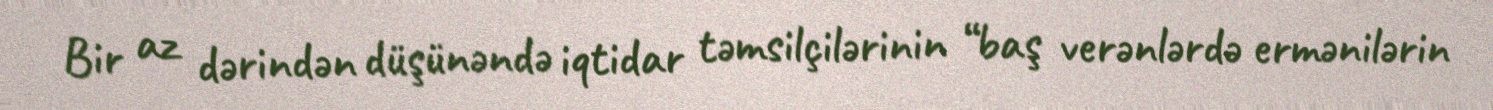
Bir az dərindən düşünəndə iqtidar təmsilçilərinin “baş verənlərdə ermənilərin